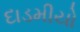
દાડમીયો